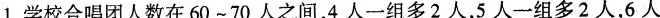
1.学校合唱团人数在60~70人之间，4人一组多2人，5人一组多2人，6人